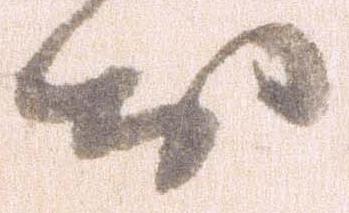
お